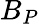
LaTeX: B_{P}